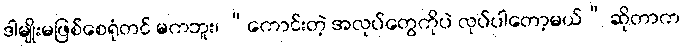
ဒါမျိုးမဖြစ်စေရုံတင် မကဘူး၊ “ကောင်းတဲ့ အလုပ်တွေကိုပဲ လုပ်ပါတော့မယ်” ဆိုတာက